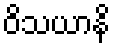
ဝိသယာနိ